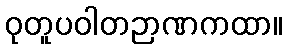
ဝုတူပဝါတဉာဏကထာ။